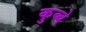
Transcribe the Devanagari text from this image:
कुब्बे